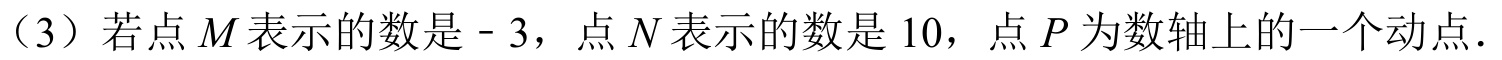
（3）若点\(M\)表示的数是\(-3\)，点\(N\)表示的数是\(10\)，点\(P\)为数轴上的一个动点.